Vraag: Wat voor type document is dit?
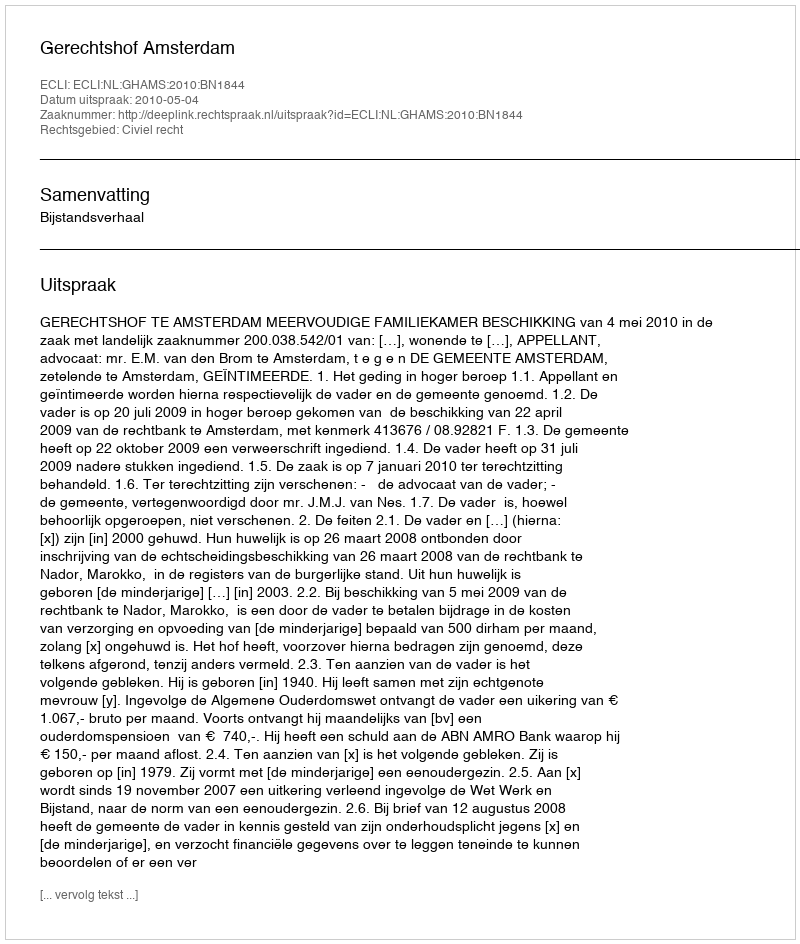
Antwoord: Uitspraak